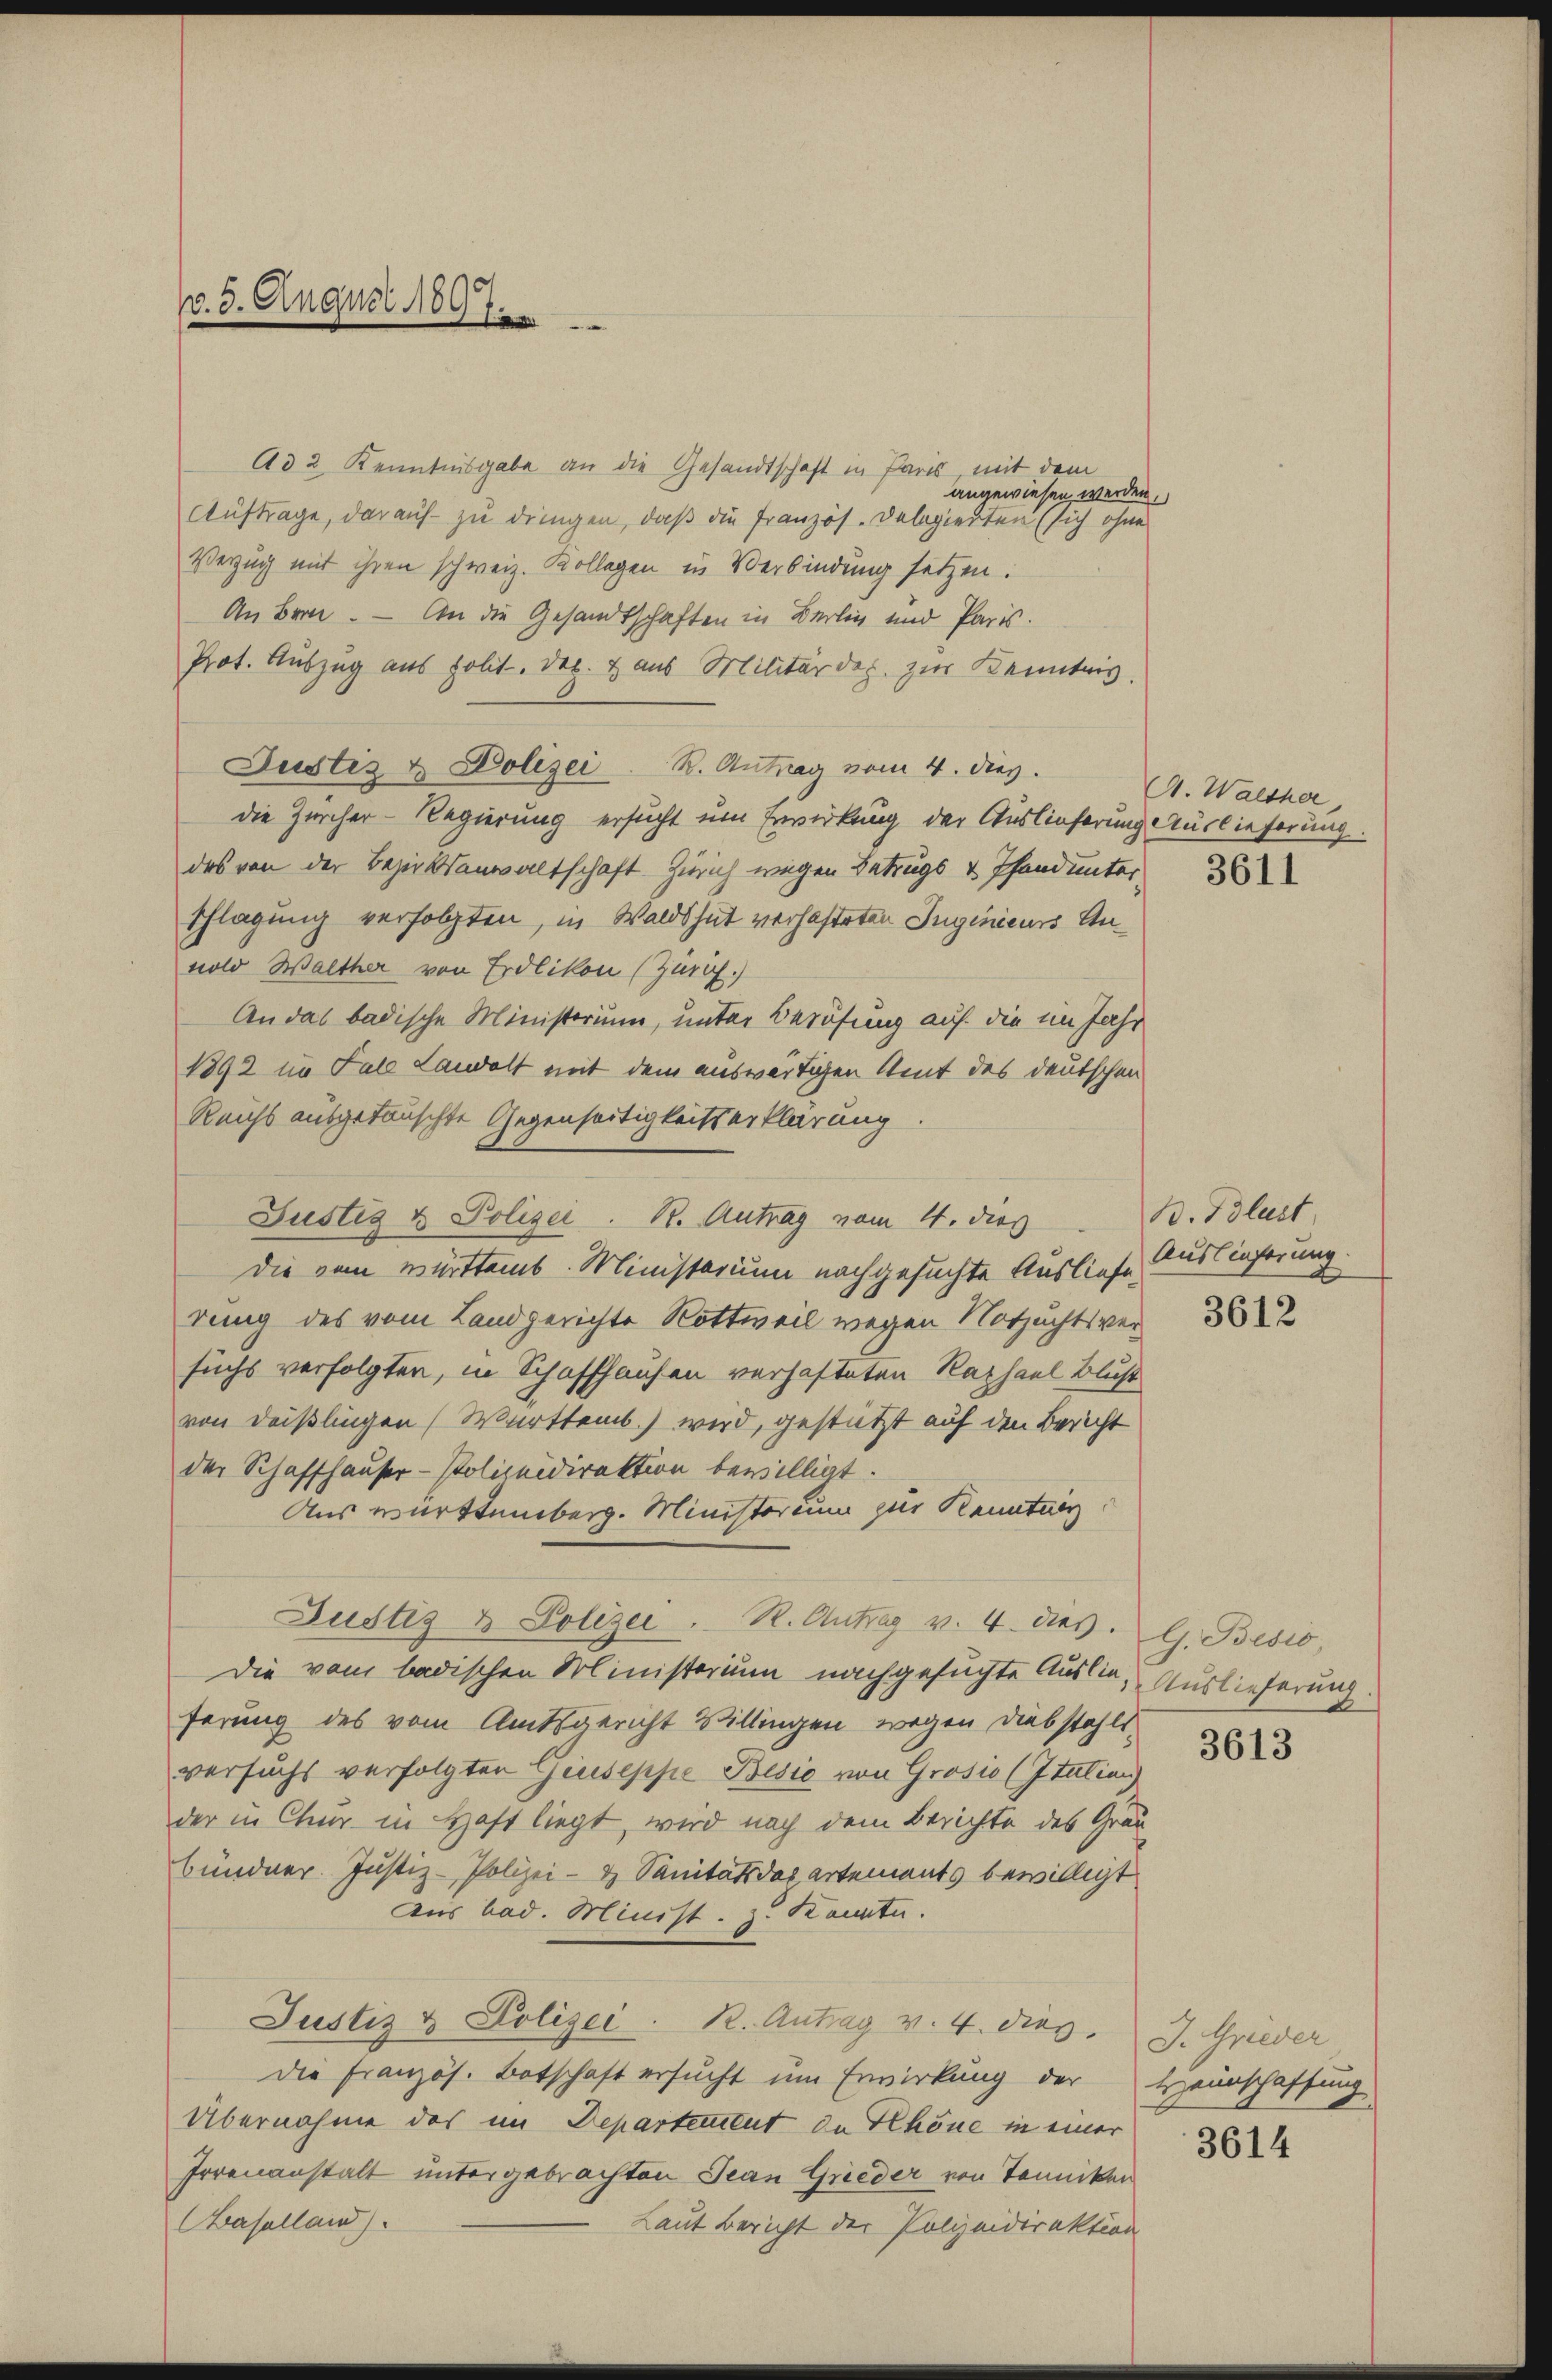
/. 5. August 1897.

Ad 2 Kenntnisgabe an die Gesandtschaft in Paris mit dem
angewiesen werden,
Auftrage, darauf zu dringen, daß die Französ. Delegierten (sich ohne
Verzug mit ihren schweiz. Kollegen in Verbindung setzen.
An Bern. — An die Gesandtschaften in Berlin und Paris.
Prot. Auszug aus polit. Dez. & aus Militärdep. zur Kenntnis.
Justiz & Polizei R. Antrag vom 4. dies.
die Zürcher-Regierung ersucht um Erwirkung der Auslieferung Auslieferung.
das von der Bezirksanwaltschaft. Zürich wegen Betrugs & Thand unter
schlagung verfolgten, in Waldshut verhafteten Ingenieurs Annold Walther von Erdlikon (Zürich.)
An das badische Ministerium, unter Berufung auf die im Jahr
1892 im Fale Landelt mit dem auswärtigen Amt des deutschen
Reichs ausgetauschte Gegenseitigkeitserklärung
Justiz & Polizei. B. Antrag vom 4. dies
Die vom württemb. Ministerium nachgesuchte Ausliefe,
dung des vom Landgerichte Rottweil wegen Notzuchtsversuchs verfolgten, in Schaffhausen verhafteten Raphael Blust
von Deißlingen Württemb.) wird, gestützt auf den Bericht
der Schaffhauser- Polizeidirektion bewilligt.
Aus württemberg. Ministorium zur Kenntn
Justiz & Polizei. R. Antrag v. 4. dies. G. Besio,
Die vom badischen Ministerium nachgesuchte Auslie, Auslieferung.
ferung des vom Amtsgericht Villingen wegen Diebstahls
versuchs verfolgten Giuseppe Besio von Grosio (Itation)
der in Chur in Haft liegt, wird nach dem Berichte des Graubündner. Justiz-Polizei- & Sanitäts das artements bewilligt
Aus bad. Minist. zu Kennte.
Justiz & Polizei. R. Antrag v. 4. dies. J. Grieder
die Französ. Botschaft ersucht um Erwirkung der Heinschaffung
Übernahme des im Departement de Rhöne in einer
Irrenanstalt untergebrachten Jean Grieder von Tonniken
Baselland)
Laut Bericht der Polizeidirektion

A. Walther

3611

B. Blust
Auslieferung.

3612

3613

3614